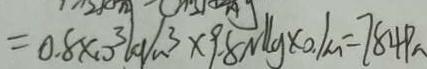
= 0 . 8 \times 1 0 ^ { 3 } \lg / m ^ { 3 } \times 9 . 8 N / \lg \times 0 . 1 m = 7 8 4 P a